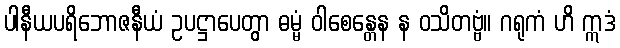
ပါနီယပရိဘောဇနီယံ ဥပဋ္ဌာပေတွာ ဓမ္မံ ဝါစေန္တေန န ဝသိတဗ္ဗံ။ ဂရုကံ ဟိ ဣဒံ